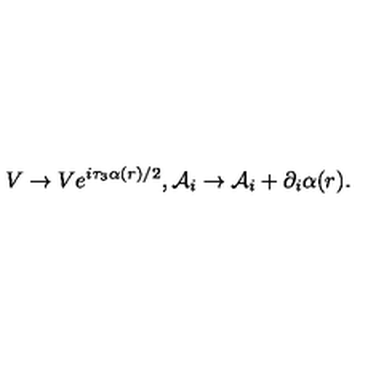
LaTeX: V \rightarrow V e ^ { i \tau _ { 3 } \alpha ( r ) / 2 } , { \mathcal { A } } _ { i } \rightarrow { \mathcal { A } } _ { i } + \partial _ { i } \alpha ( r ) .